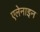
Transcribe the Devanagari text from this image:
एलेनाइन